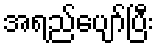
အရည်ပျော်ပြီး